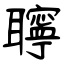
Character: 聹